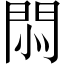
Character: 𢛩